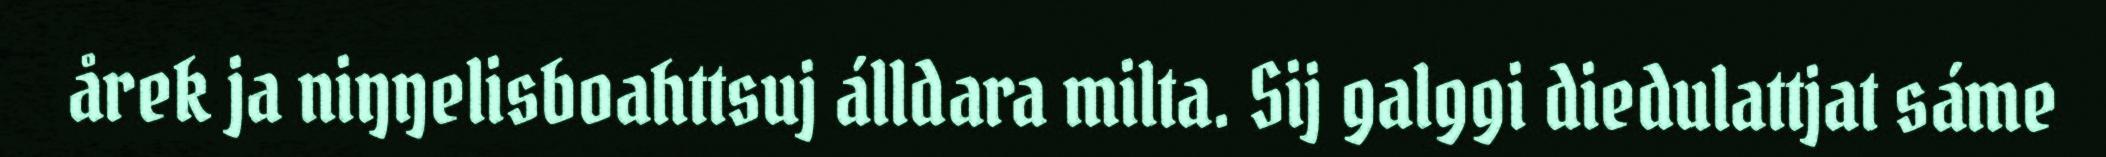
årek ja niŋŋelisboahttsuj álldara milta. Sij galggi diedulattjat sáme